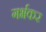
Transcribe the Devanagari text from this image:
गर्भकर